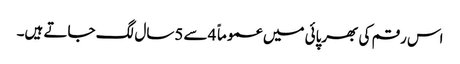
اس رقم کی بھرپائی میں عموماً 4سے 5سال لگ جاتے ہیں۔